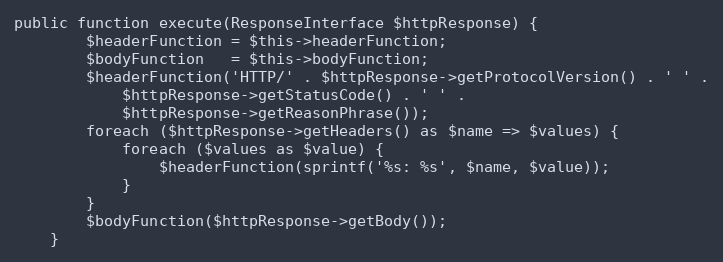
Language: PHP
public function execute(ResponseInterface $httpResponse) {
		$headerFunction = $this->headerFunction;
		$bodyFunction   = $this->bodyFunction;
		$headerFunction('HTTP/' . $httpResponse->getProtocolVersion() . ' ' .
			$httpResponse->getStatusCode() . ' ' .
			$httpResponse->getReasonPhrase());
		foreach ($httpResponse->getHeaders() as $name => $values) {
			foreach ($values as $value) {
				$headerFunction(sprintf('%s: %s', $name, $value));
			}
		}
		$bodyFunction($httpResponse->getBody());
	}